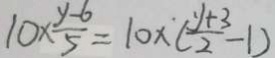
1 0 \times \frac { y - 6 } { 5 } = 1 0 \times ( \frac { y + 3 } { 2 } - 1 )